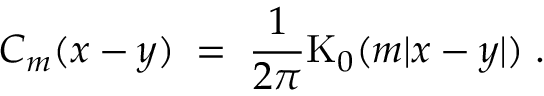
C _ { m } ( x - y ) \; = \; \frac { 1 } { 2 \pi } \mathrm { K } _ { 0 } ( m | x - y | ) \; .